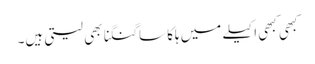
کبھی کبھی اکیلے میں ہلکا سا گنگنا بھی لیتی ہیں۔